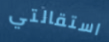
استقالتي